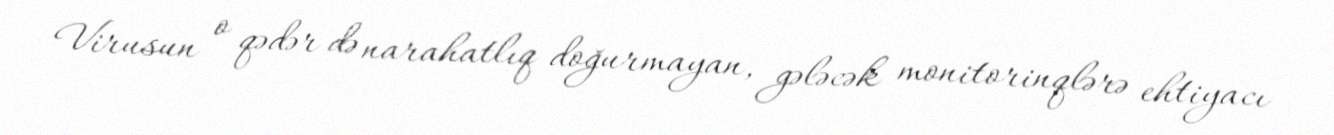
Virusun o qədər də narahatlıq doğurmayan, gələcək monitorinqlərə ehtiyacı